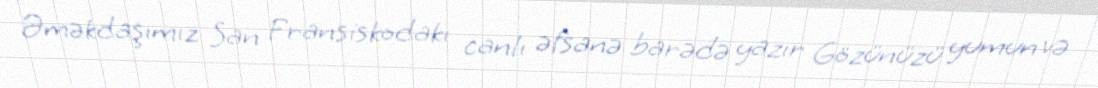
Əməkdaşımız San Fransiskodakı canlı əfsanə barədə yazır Gözünüzü yumun və